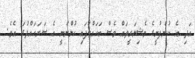
އަދި އެ ކުންފުނީގެ މެޝިނަރީތައް ވެސް ބަހައްޓާފައި ހުންނަނީ އެ ސަރަހައްދުގަ އެވެ.